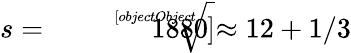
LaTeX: s={\sqrt[[objectObject]]{1880}}\approx 12+1/3